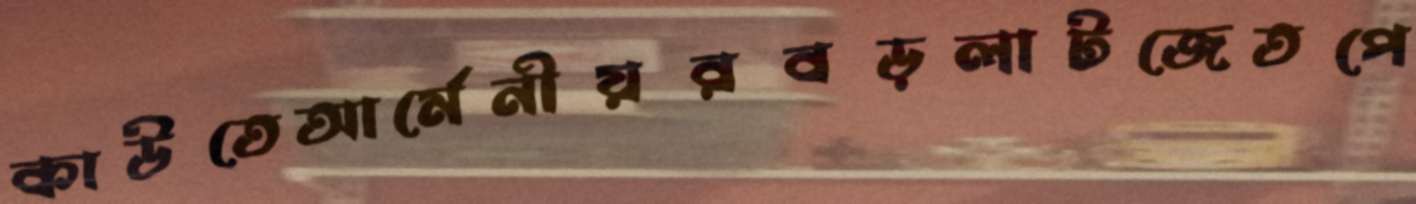
কাউতেআর্মেনীয়রবড়লাটজেতপে